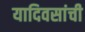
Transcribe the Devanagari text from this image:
यादिवसांची